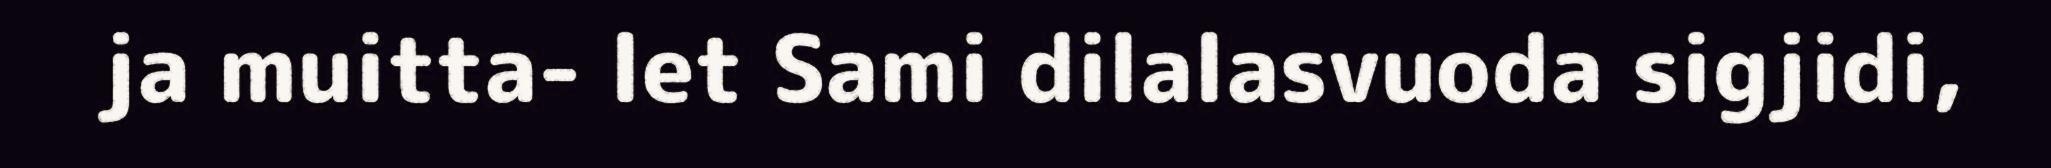
ja muitta- let Sami dilalasvuoda sigjidi,